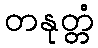
တနုတ္တံ